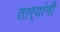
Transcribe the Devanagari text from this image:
तार्‍यांनी